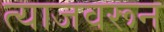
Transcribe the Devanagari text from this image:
त्याजवरून